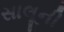
સાલૂની